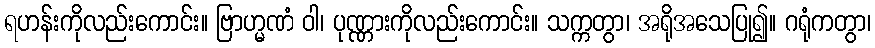
ရဟန်းကိုလည်းကောင်း။ ဗြာဟ္မဏံ ဝါ၊ ပုဏ္ဏားကိုလည်းကောင်း။ သက္ကတွာ၊ အရိုအသေပြု၍။ ဂရုံကတွာ၊